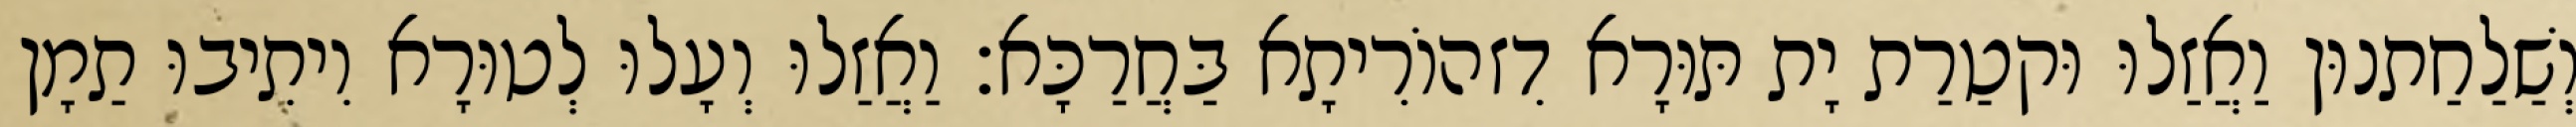
וְשַׁלַחַתנוּן וַאֲזַלוּ וּקטַרַת יָת תּוּרָא דִזהוֹרִיתָא בַּחֲרַכָּא׃ וַאֲזַלוּ וְעָלוּ לְטוּרָא וִיתִיבוּ תַמָן